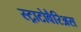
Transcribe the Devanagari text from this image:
स्ट्राटोवैरिअस